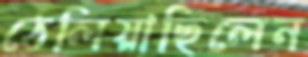
ঠেলিয়াছিলেন